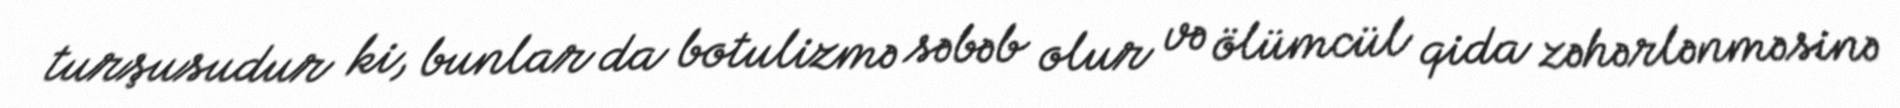
turşusudur ki, bunlar da botulizmə səbəb olur və ölümcül qida zəhərlənməsinə